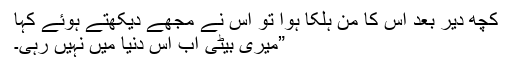
کچھ دیر بعد اس کا من ہلکا ہوا تو اس نے مجھے دیکھتے ہوئے کہا
”میری بیٹی اب اس دنیا میں نہیں رہی۔